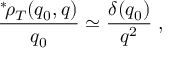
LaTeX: \frac { { } ^ { \ast } \! \rho _ { T } ( q _ { 0 } , q ) } { q _ { 0 } } \simeq \frac { \delta ( q _ { 0 } ) } { q ^ { 2 } } \; ,